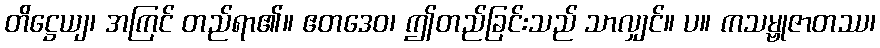
တိဋ္ဌေယျ၊ အကြင် တည်ရာ၏။ ဧတဒေဝ၊ ဤတည်ခြင်းသည် သာလျှင်။ ပ။ ကသမ္ဗုဇာတဿ၊